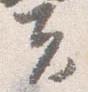
夫